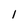
Character: 1